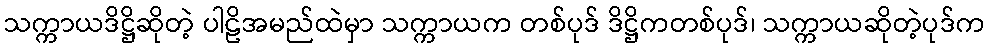
သက္ကာယဒိဋ္ဌိဆိုတဲ့ ပါဠိအမည်ထဲမှာ သက္ကာယက တစ်ပုဒ် ဒိဋ္ဌိကတစ်ပုဒ်၊ သက္ကာယဆိုတဲ့ပုဒ်က